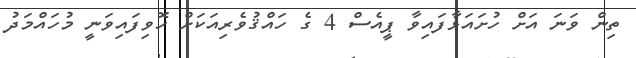
ތިން ވަނަ އަށް ހުށައަޅާފައިވާ ޕީއެސް 4 ގެ ހައްޤުވެރިއަކަށް ހޮވިފައިވަނީ މުހައްމަދު